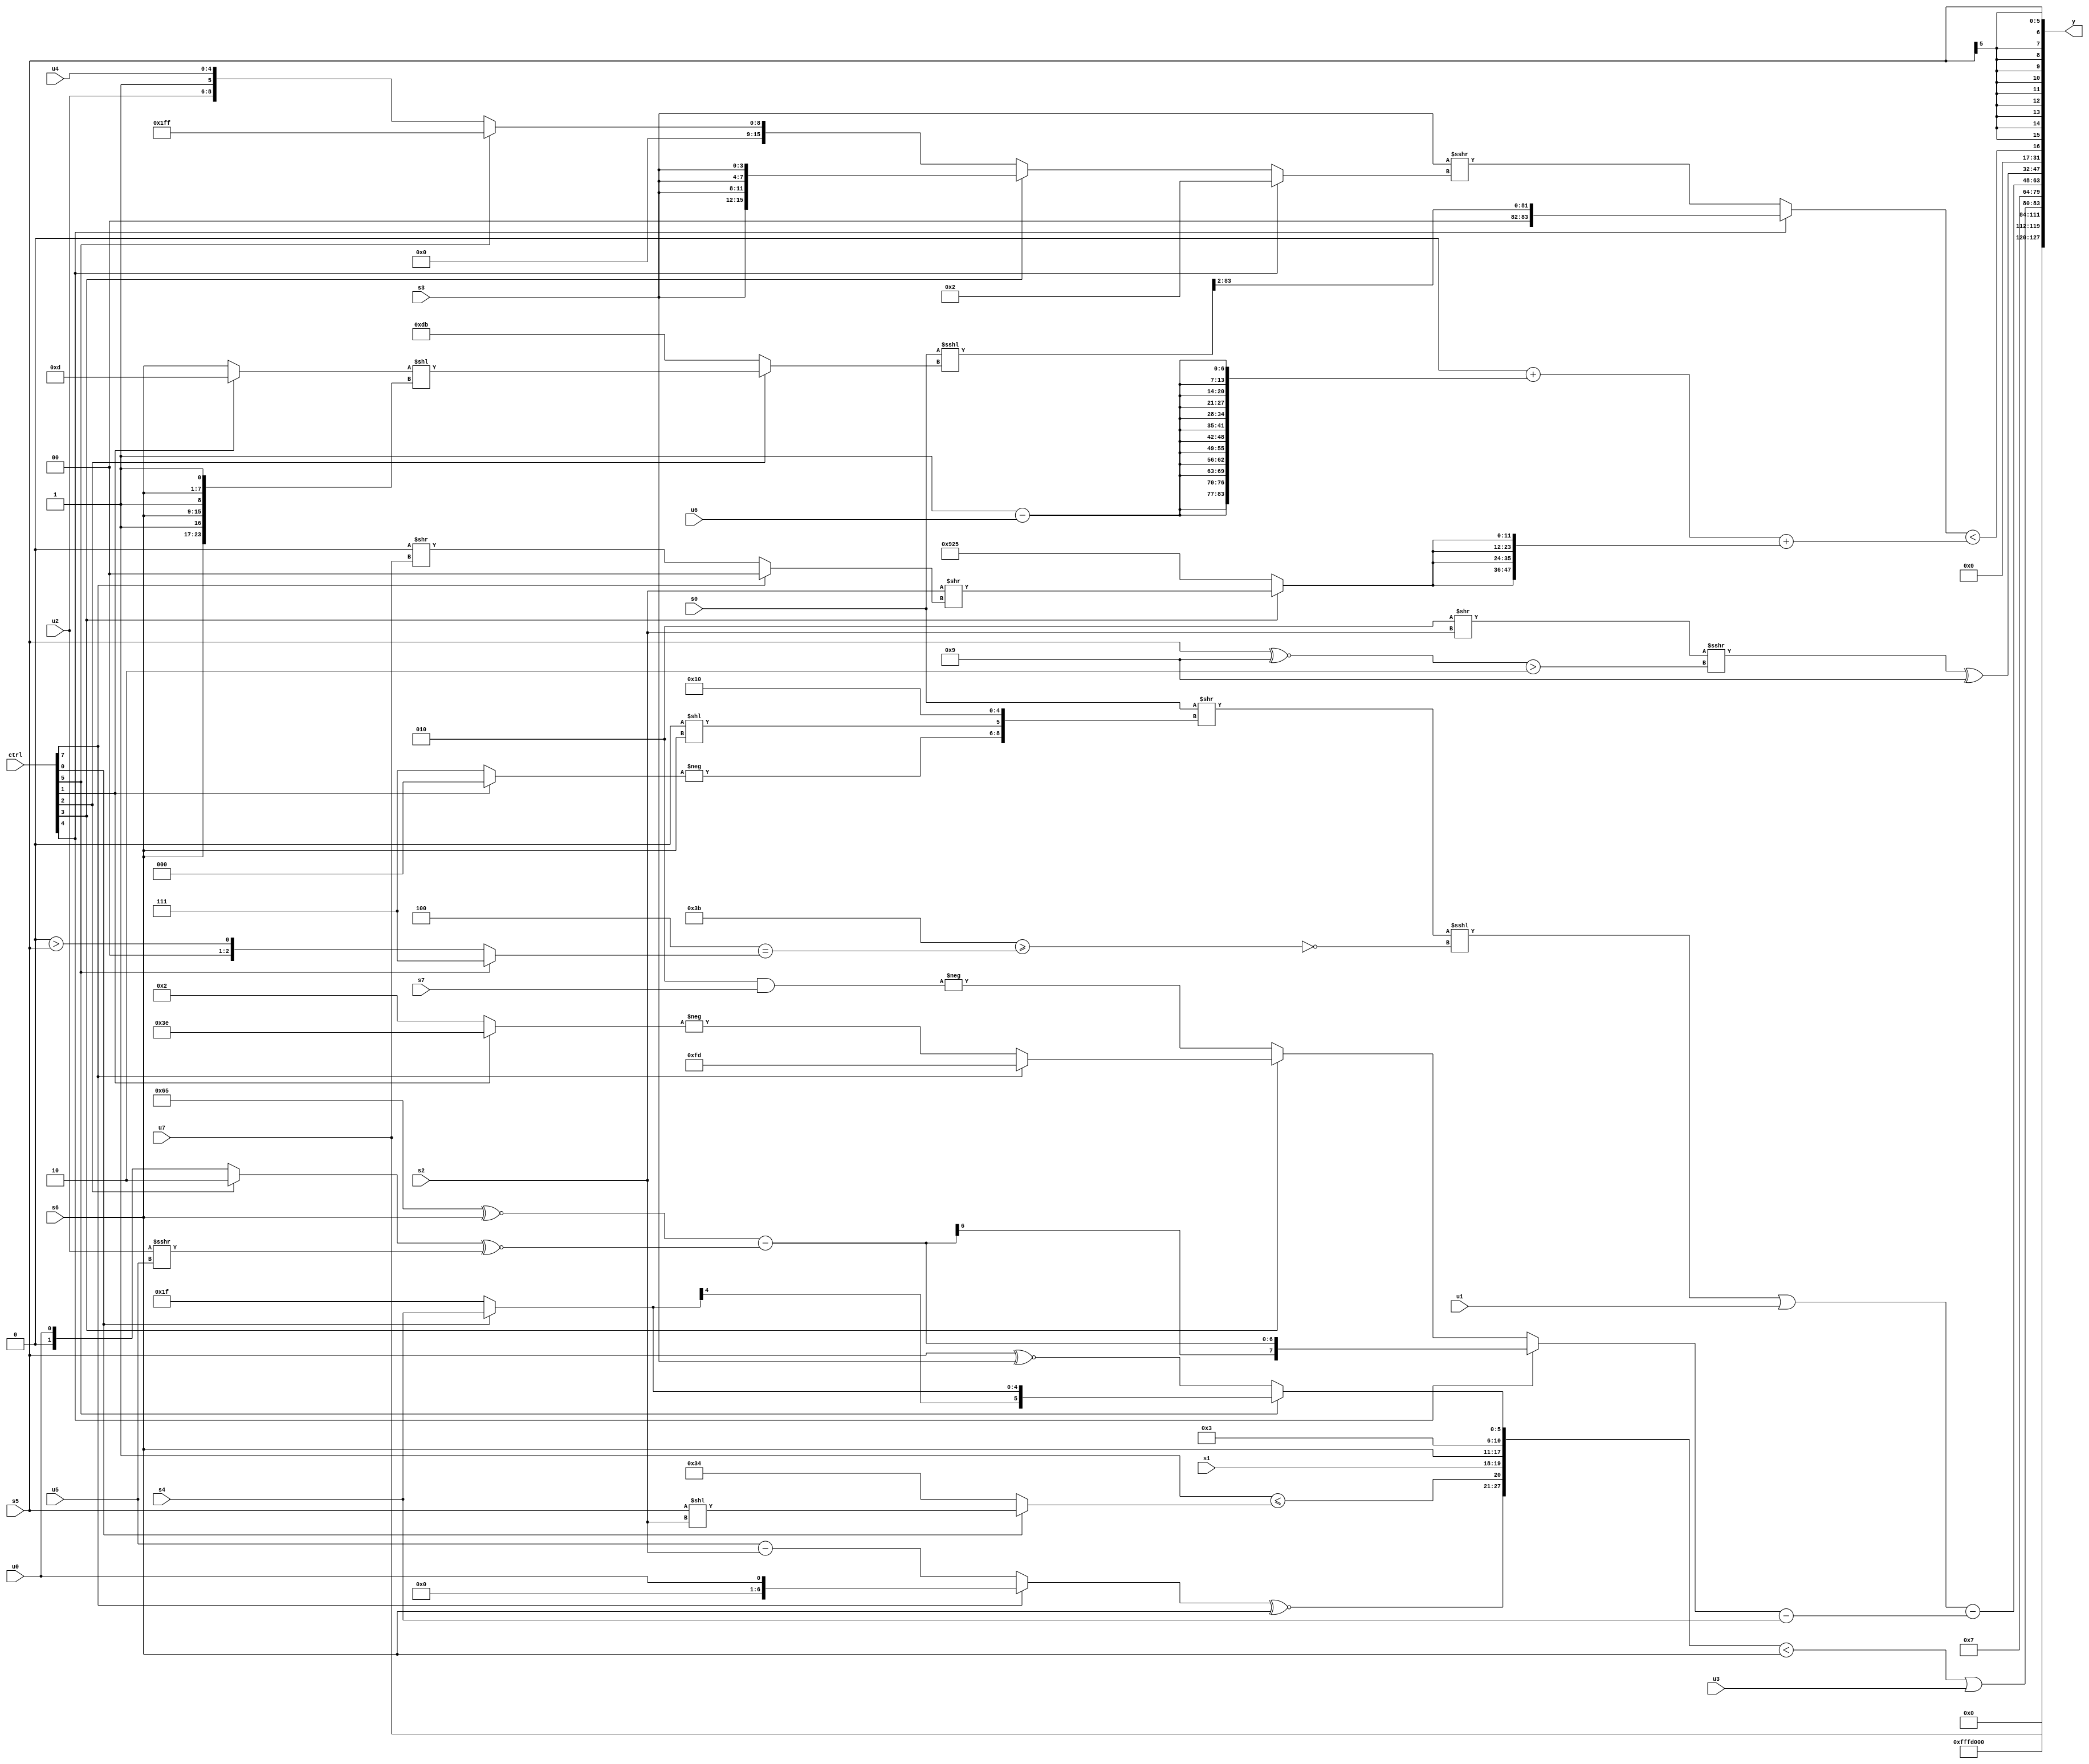
module wideexpr_00885(ctrl, u0, u1, u2, u3, u4, u5, u6, u7, s0, s1, s2, s3, s4, s5, s6, s7, y);
  input [7:0] ctrl;
  input [0:0] u0;
  input [1:0] u1;
  input [2:0] u2;
  input [3:0] u3;
  input [4:0] u4;
  input [5:0] u5;
  input [6:0] u6;
  input [7:0] u7;
  input signed [0:0] s0;
  input signed [1:0] s1;
  input signed [2:0] s2;
  input signed [3:0] s3;
  input signed [4:0] s4;
  input signed [5:0] s5;
  input signed [6:0] s6;
  input signed [7:0] s7;
  output [127:0] y;
  wire [15:0] y0;
  wire [15:0] y1;
  wire [15:0] y2;
  wire [15:0] y3;
  wire [15:0] y4;
  wire [15:0] y5;
  wire [15:0] y6;
  wire [15:0] y7;
  assign y = {y0,y1,y2,y3,y4,y5,y6,y7};
  assign y0 = u7;
  assign y1 = 4'sb1101;
  assign y2 = ($signed(($signed({((ctrl[7]?u0:(u5)-(s2)))^~(s6),(+(1'sb1))<=((ctrl[0]?(s5)<<(s2):5'sb10100)),$signed($signed({s1,s6,5'sb00011})),(ctrl[5]?(ctrl[0]?s4:1'sb1):(+(s5))^~(s3))}))<(s6)))|(u3);
  assign y3 = 4'b0111;
  assign y4 = ((((s0)>>({-((ctrl[1]?$signed($signed(2'b00)):{3{1'sb1}})),(!(2'sb01))^($unsigned(((1'sb0)<<(s6))<<<(1'sb0))),5'sb10000}))<<<($unsigned(~|(({6'sb111011})>=(((4'b1000)>>(2'sb01))==((ctrl[5]?{3{1'b1}}:(1'sb0)>(s5))))))))|($signed(u1)))-($signed(((ctrl[4]?$signed($signed((((3'sb001)^~(5'b11011))^~($unsigned(s6)))-(((ctrl[2]?4'sb0010:u0))^~((u2)>>>(u5))))):(ctrl[3]?((ctrl[7]?(3'sb101)-(3'sb000):-((ctrl[1]?2'sb10:6'sb000010))))>>(1'sb0):-((4'sb0010)&(+(s7))))))-(s4)));
  assign y5 = (($signed($signed((4'sb0010)>>(s2))))>>>((({$signed(s5)})^~(4'sb1001))>({3'sb010})))^(4'sb1001);
  assign y6 = ((ctrl[4]?((s0)<<<((ctrl[2]?((ctrl[1]?(ctrl[2]?4'b1101:4'b1101):s6))<<({3{{s6,1'sb1}}}):{3{~(3'sb100)}})))>>>(2'sb10):(s3)>>>((ctrl[4]?3'b010:$signed((ctrl[3]?{4{(ctrl[3]?s3:2'sb01)}}:(ctrl[5]?{3{3'sb111}}:{u2,1'sb1,u4})))))))<((($signed(+(~^(2'sb01))))+(+({4{{3{$unsigned((2'sb01)-(u6))}}}})))+($signed({4{(ctrl[3]?(s2)>>((ctrl[7]?(3'sb101)==(6'sb101101):(2'sb00)>>(u7))):-({2{(6'sb011011)+(5'sb00000)}}))}})));
  assign y7 = s5;
endmodule